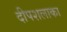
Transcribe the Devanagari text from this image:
दीपशलाका